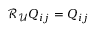
\mathcal { R } _ { \mathcal { U } } Q _ { i j } = Q _ { i j }